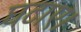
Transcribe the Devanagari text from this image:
घटाए।